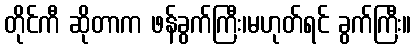
တိုင်ကီ ဆိုတာက ဖန်ခွက်ကြီး၊မဟုတ်ရင် ခွက်ကြီး။